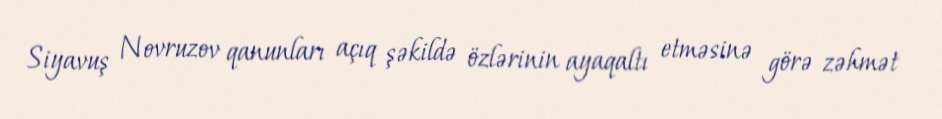
Siyavuş Novruzov qanunları açıq şəkildə özlərinin ayaqaltı etməsinə görə zəhmət